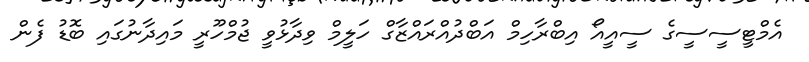
އެމްޓީސީސީގެ ސީއީއޯ އިބްރާހިމް އަބްދުއްރައްޒާގް ހަލީމް ވިދާޅުވީ ޖުމްހޫރީ މައިދާނުގައި ބޮޑު ފެން